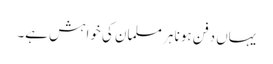
یہاں دفن ہونا ہر مسلمان کی خواہش ہے۔